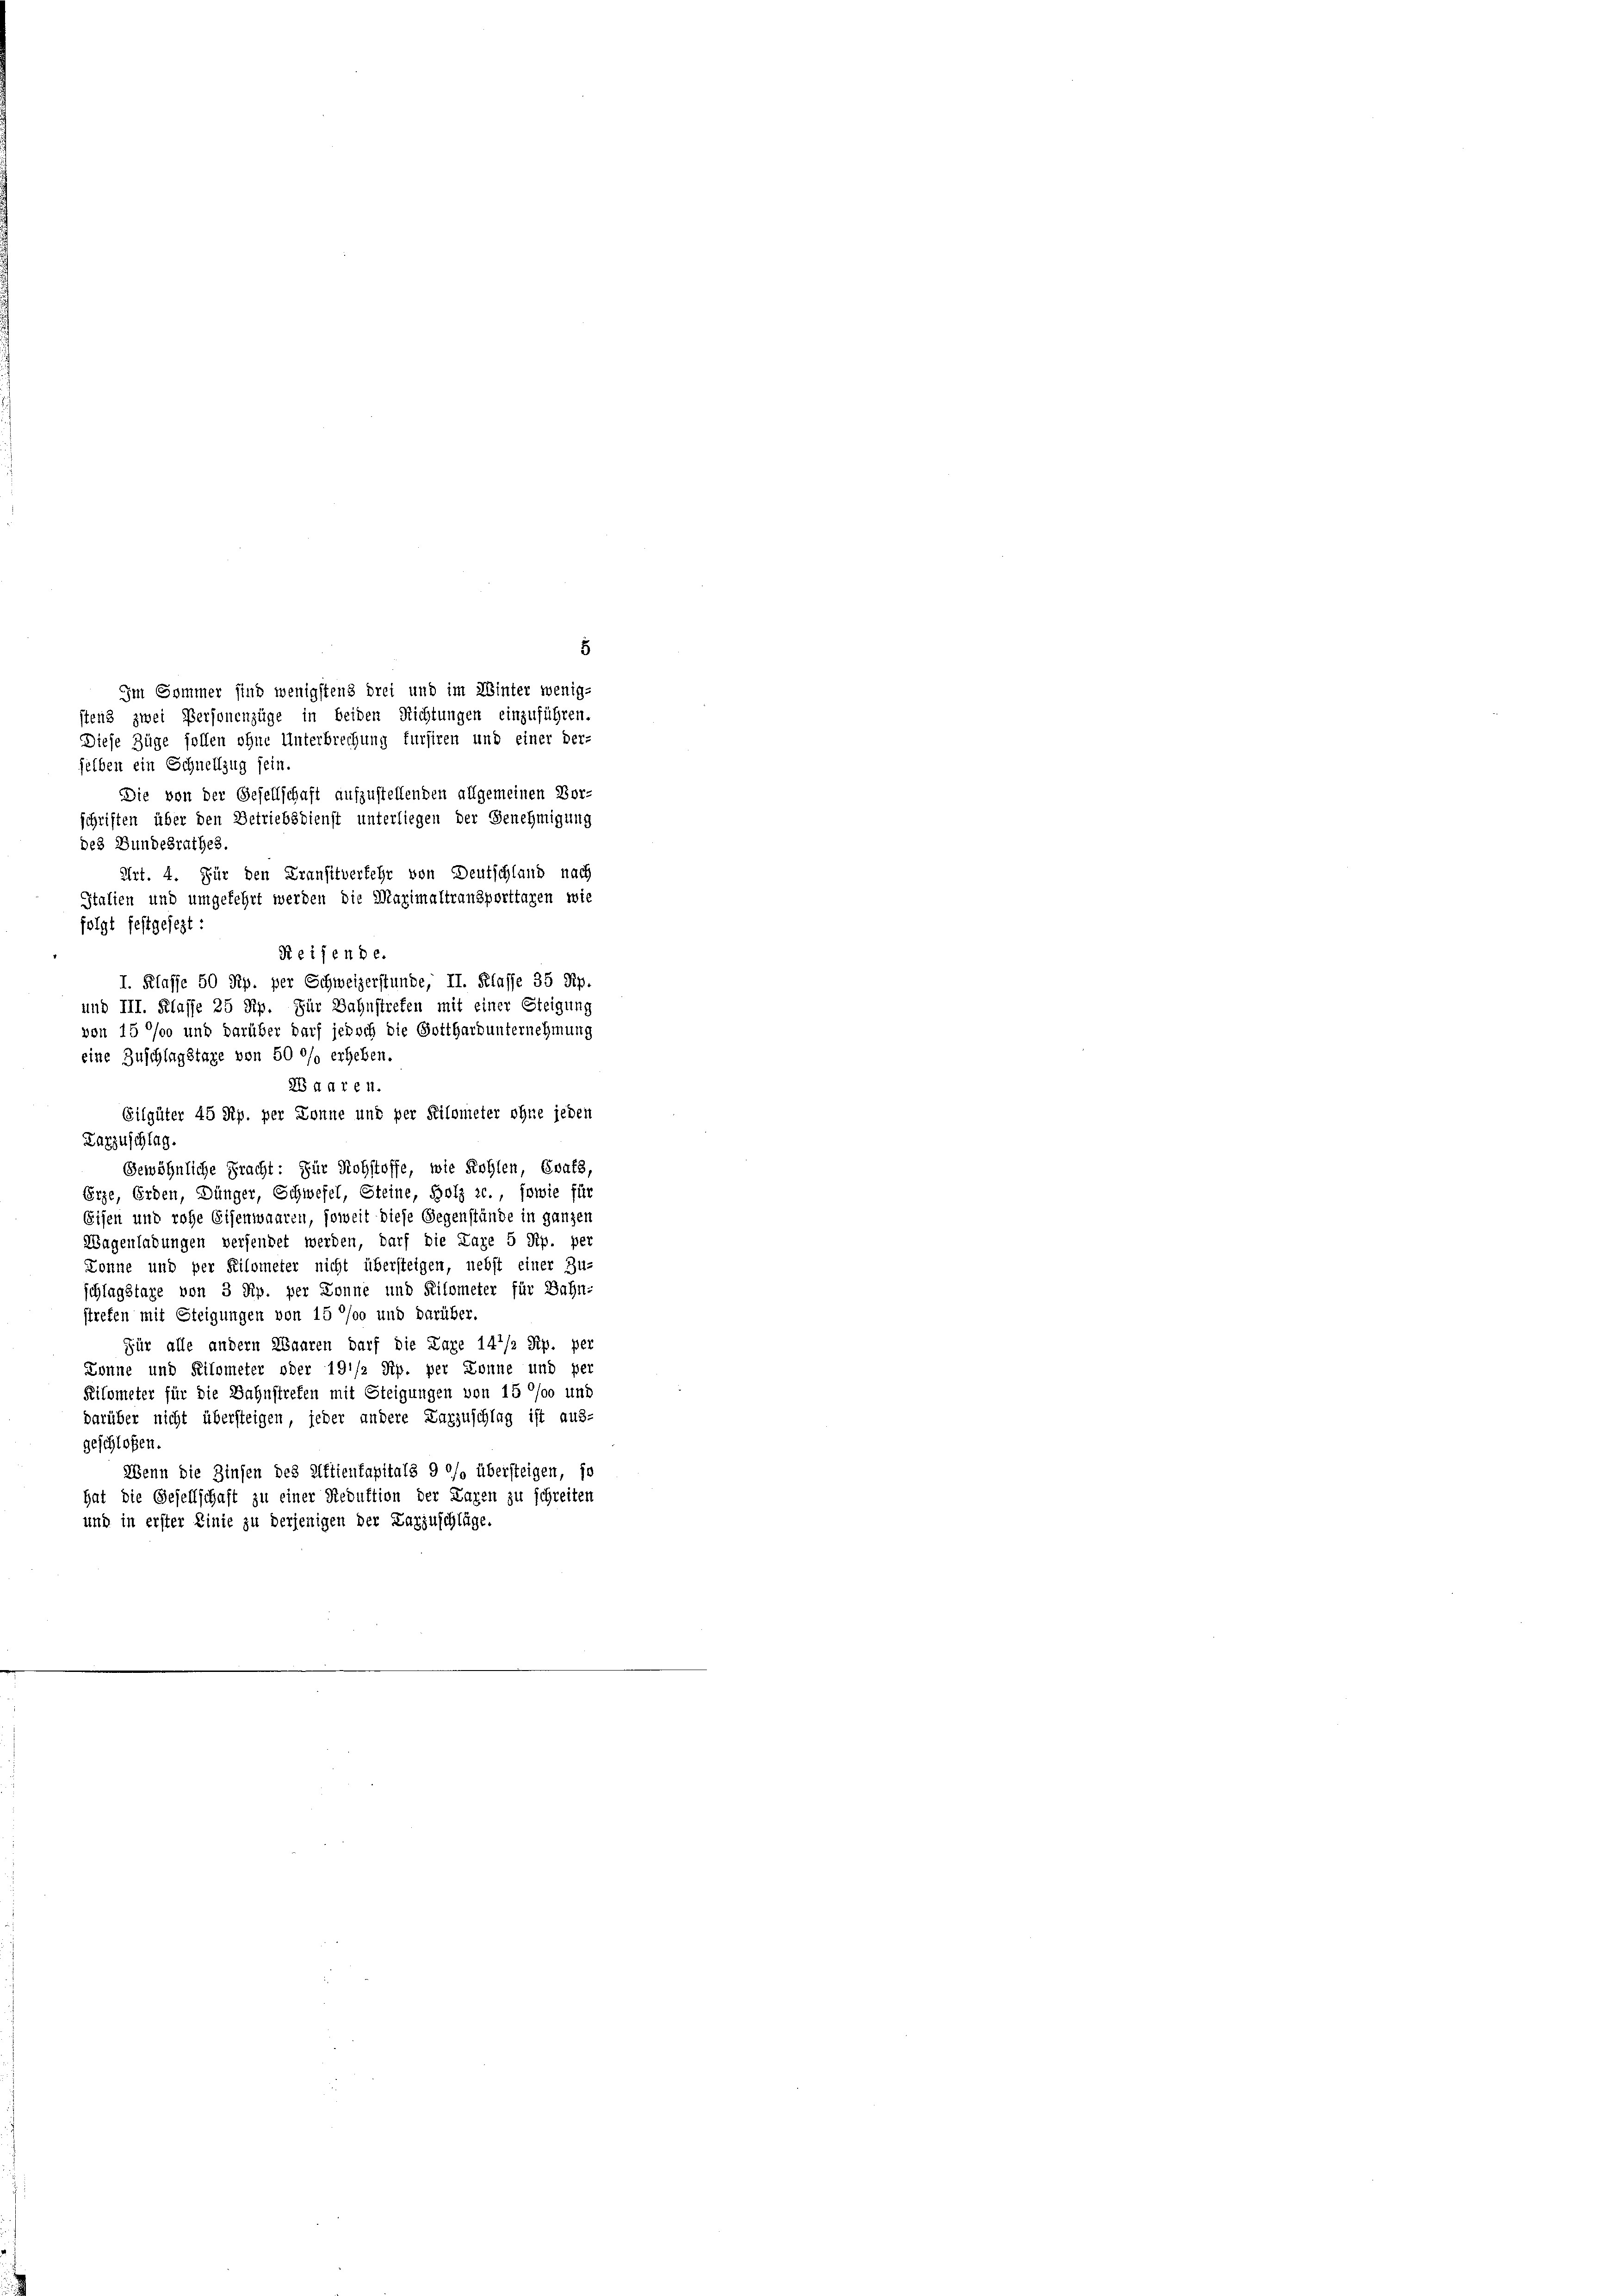
5
Im Sommer sind wenigstens drei und im Winter wenig-
stens zwei Personenzüge in beiden Richtungen einzuführen.
Diese Züge sollen ohne Unterbrechung fursiren und einer der-
selben ein Schnellzug sein.
Die von der Gesellschaft aufzustellenden allgemeinen Vor-
schriften über den Betriebsdienst unterliegen der Genehmigung
des Bundesrathes
Gewöhnliche Pracht: Für Rohstoffe, wie Kohlen, Grafs,
Erze, Erden, Dünger, Schwefel, Steine, Holz z. sowie für
Eisen und rohe Eisenwaaren, soweit diese Gegenstände in ganzen
Wagenladungen versendet werden, darf die Lage 5 Rp. per
Konne und per Kilometer nicht übersteigen, nebst einer Zu-
schlagstage von 3 Rp. per Donne und Kilometer für Bahnstreten mit Steigungen von 15 0/00 und darüber
Für alle andern Waaren darf die Lage 141/2 Rp. per
Könne und Kilometer oder 191/2 Rp. per Sonne und per
Kilometer für die Bahnstreten mit Steigungen von 15 000 und
darüber nicht übersteigen, jeder andere Karzuschlag ist aus-
geschloßen.
Wenn die Zinsen des Aktienkapitals 9 °/o übersteigen, so
hat die Gesellschaft zu einer Reduktion der Lagen zu schreiten
und in erster Linie zu derjenigen der Karzuschlüge.

Art. 4. Für den Kransitverfehr von Deutschland nach
Italien und umgekehrt werden die Maximaltransporttagen wie
folgt festgesezt:
Reifende.
I. Klasse 50 Rp. per Schweizerstunde, II. Klasse 35 Rp.
und III. Klasse 25 Rp. Für Bahnstreten mit einer Steigung
von 15 % und darüber darf jedoch die Gotthard unternehmung
eine Zuschlagstage von 50 °/o erheben.
2B daren.
Eilgüter 45 Rp. per Donne und per Kilometer ohne jeden
Karzuschlag.